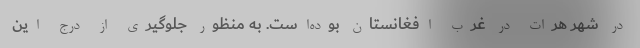
در شهر هرات در غرب افغانستان بوده‌است. به منظور جلوگیری از درج این